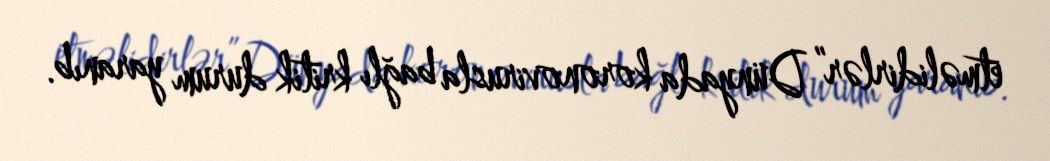
etməlidirlər” Dünyada koronovirusla bağlı kritik durum yaranıb.